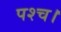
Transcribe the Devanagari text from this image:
पश्च।